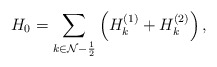
\begin{align*} H_0=\sum\limits_{k\in {\cal N}-\frac 12} \left(H_k^{(1)}+H_k^{(2)}\right),\end{align*}